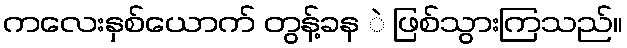
ကလေးနှစ်ယောက် တွန့်ခန ဲ ဖြစ်သွားကြသည်။